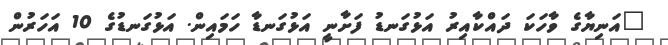
"އަނިޔާގެ ވާހަކަ ދައްކާއިރު އަޅުގަނޑު ފަށާނީ އަޅުގަނޑާ ހަމައިން. އަޅުގަނޑުގެ 10 އަހަރުން